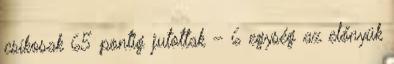
csíkosak 65 pontig jutottak – 6 egység az előnyük